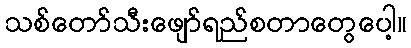
သစ်တော်သီးဖျော်ရည်စတာတွေပေါ့။